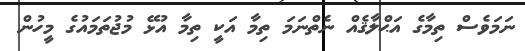
ނަމަވެސް ތިމާގެ އަޙްލާޤެއް ނެތްނަމަ ތިމާ އަކީ ތިމާ އުޅޭ މުޖުތަމައުގެ މީހުން